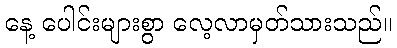
နေ့ ပေါင်းများစွာ လေ့လာမှတ်သားသည်။